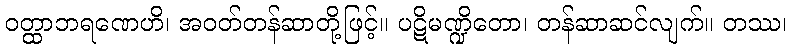
ဝတ္ထာဘရဏေဟိ၊ အဝတ်တန်ဆာတို့ဖြင့်။ ပဋိမဏ္ဍိတော၊ တန်ဆာဆင်လျက်။ တဿ၊